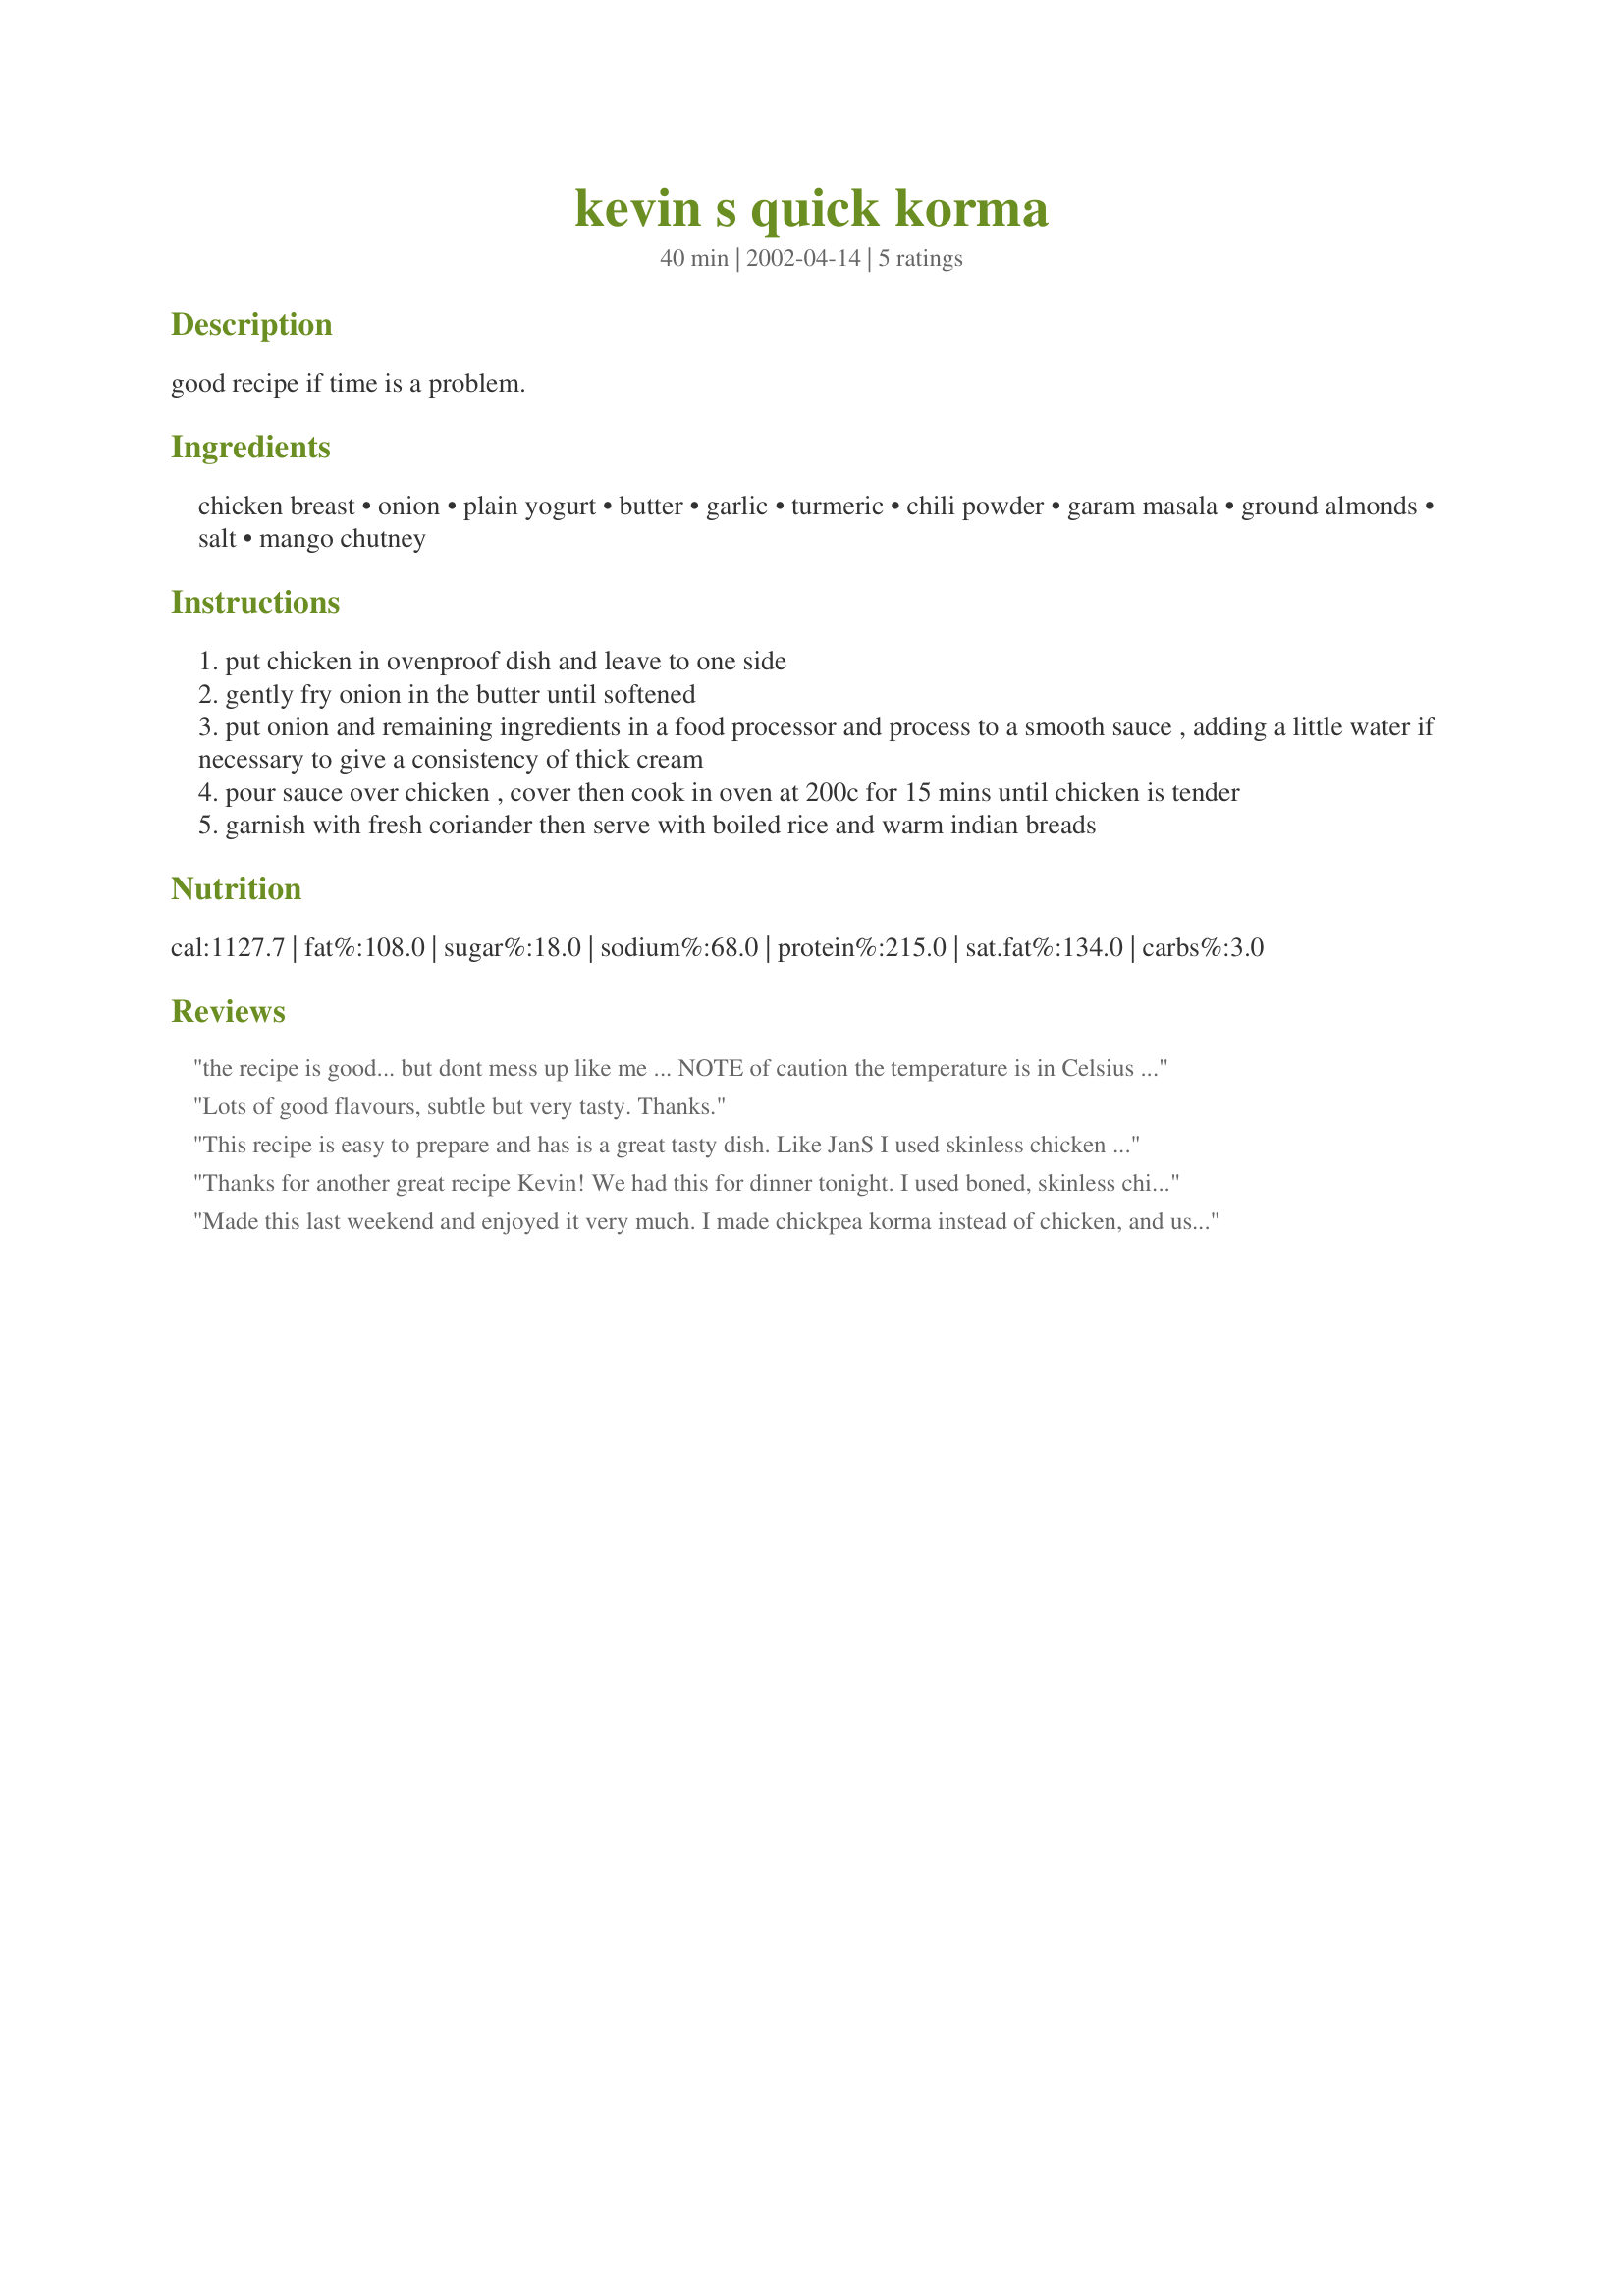
kevin s quick korma
Preparation time: 40 minutes

good recipe if time is a problem.

Ingredients:
chicken breast, onion, plain yogurt, butter, garlic, turmeric, chili powder, garam masala, ground almonds, salt, mango chutney

Steps:
put chicken in ovenproof dish and leave to one side
gently fry onion in the butter until softened
put onion and remaining ingredients in a food processor and process to a smooth sauce , adding a little water if necessary to give a consistency of thick cream
pour sauce over chicken , cover then cook in oven at 200c for 15 mins until chicken is tender
garnish with fresh coriander then serve with boiled rice and warm indian breads

Reviews:
the recipe is good... but dont mess up like me ... NOTE of caution the temperature is in Celsius not Fahrenheit...
200 C = 392 F
Lots of good flavours, subtle but very tasty. Thanks.
This recipe is easy to prepare and has is a great tasty dish. Like JanS I used skinless chicken thighs. I think that chicken thighs don't dry out as much as breast and thighs impart more flavour. 
I certainly will be using the recipe again. Thank you.
Thanks for another great recipe Kevin! We had this for dinner tonight.
I used boned, skinless chicken thighs (personal preference) and I found with rice, and Mini's Kachoomar Must Must Salad, the 800g of fillets I bought were more than enough for 4 hearty serves.
I cooked the dish for 30 minutes, took it out, and found the chicken in the centre still quite underdone. I would recommend stirring the dish (as I did) and cooking it for about 10 more minutes (40 in total).
Still, an easy, extremely tasty dish that even our non-curry eater tried and gave the thumbs-up!
Made this last weekend and enjoyed it very much. I made chickpea korma instead of chicken, and used half n' half instead of yogurt (just because I didn't want to buy a whole tub of yogurt for one dish). Turned out wonderfully. I'm planning to make it again this weekend as a mixed vegetable korma.
